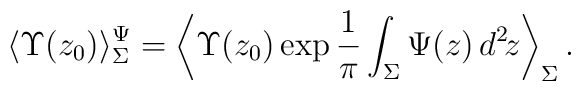
\langle \Upsilon(z_0)\rangle_{\Sigma}^{\Psi}=\left\langle\Upsilon(z_0)\exp\frac{1}{\pi}\int_{\Sigma}\Psi(z)\,d^2\!z\right\rangle_{\Sigma} .